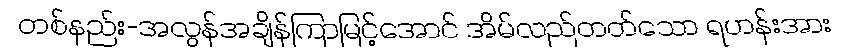
တစ်နည်း-အလွန်အချိန်ကြာမြင့်အောင် အိမ်လည်တတ်သော ရဟန်းအား